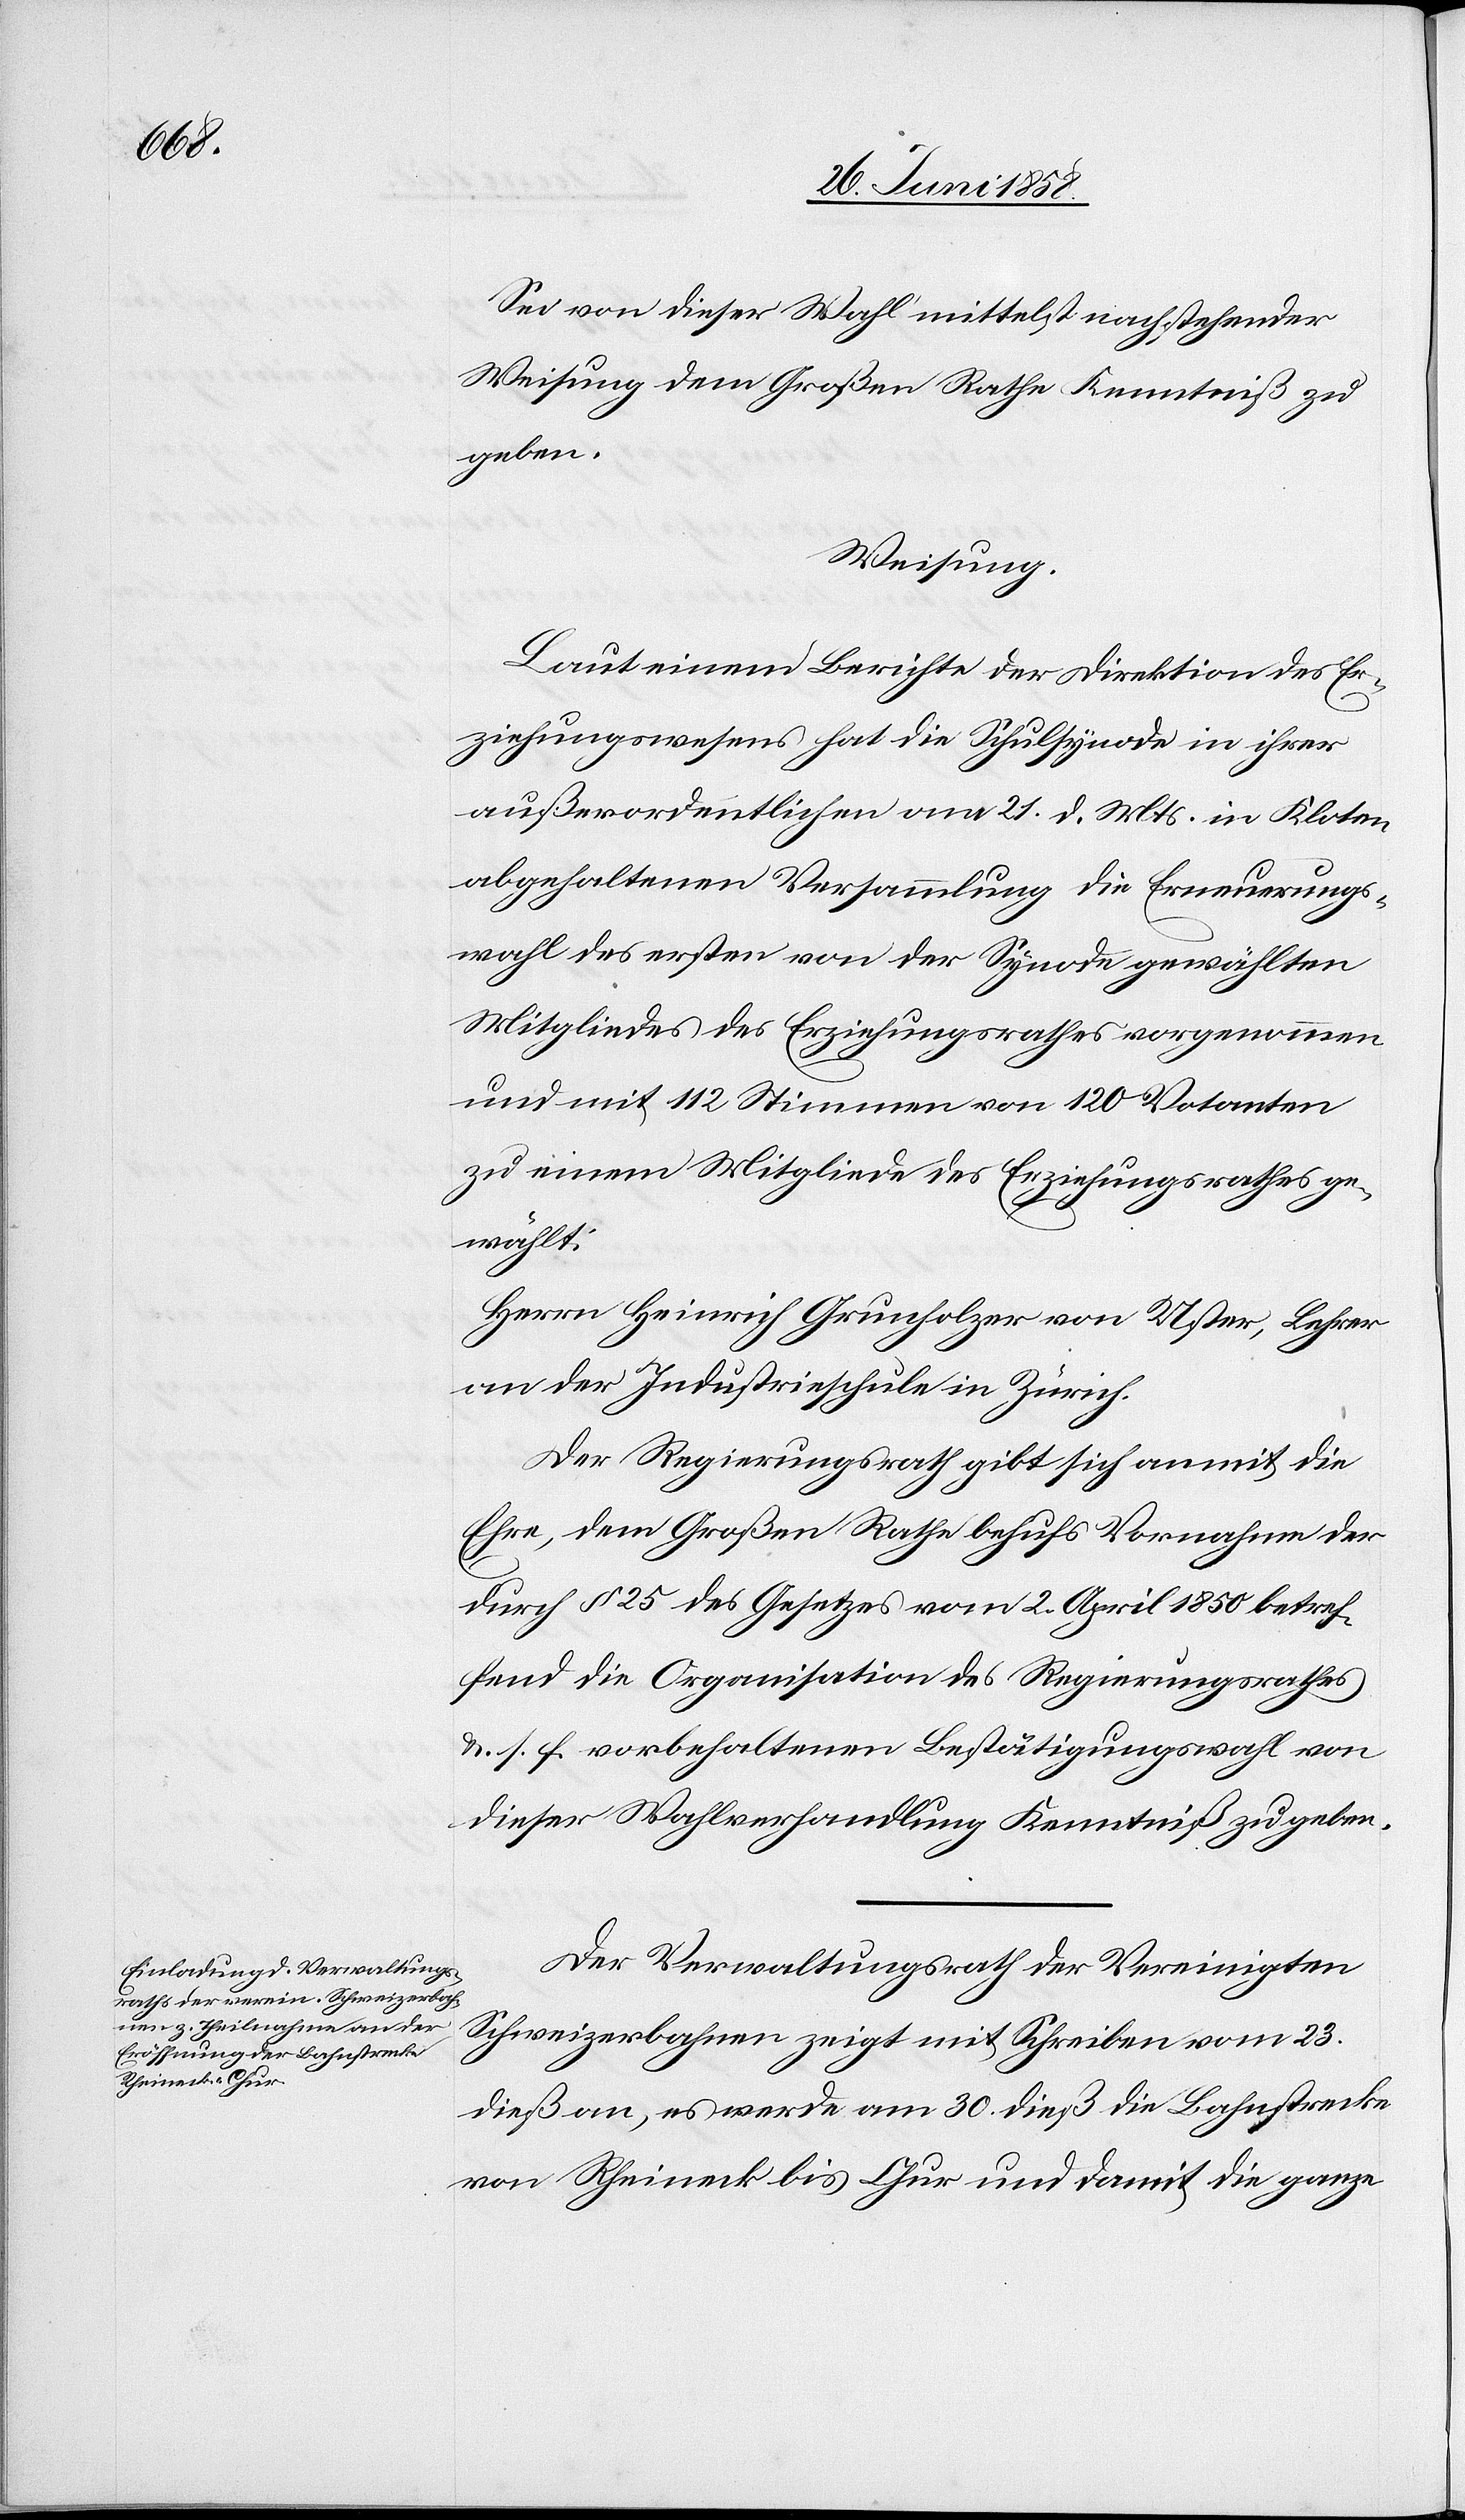
Sei von dieser Wahl mittelst nachstehender
Weisung dem Großen Rathe Kenntniß zu
geben.
Weisung.
Laut einem Berichte der Direktion des Er¬
ziehungswesens hat die Schulsynode in ihrer
außerordentlichen am 21. d. Mts. in Kloten
abgehaltenen Versammlung die Erneuerungs¬
wahl des ersten von der Synode gewählten
Mitgliedes des Erziehungsrathes vorgenommen
und mit 112 Stimmen von 120 Votanten
zu einem Mitgliede des Erziehungsrathes ge¬
wählt:
Herrn Heinrich Grunholzer von Uster, Lehrer
an der Industrieschule in Zürich.
Der Regierungsrath gibt sich anmit die
Ehre, dem Großen Rathe behufs Vornahme der
durch § 25 des Gesetzes vom 2. April 1850 betref¬
fend die Organisation des Regierungsrathes
&. s. f. vorbehaltenen Bestätigungswahl von
dieser Wahlverhandlung Kenntniß zu geben.
Der Verwaltungsrath der Vereinigten
Schweizerbahnen zeigt mit Schreiben vom 23.
dieß an, es werde am 30. dieß die Bahnstrecke
von Rheineck bis Chur und damit die ganze